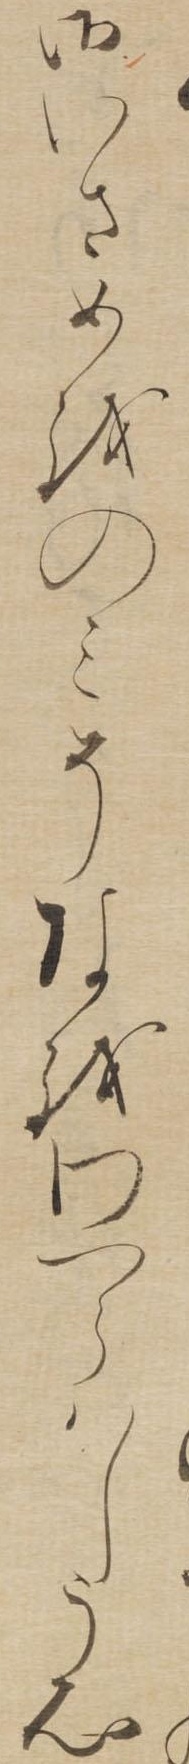
御いさめをのみそなをわつらはしく心